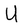
Character: U